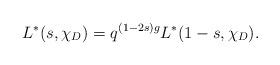
LaTeX: \begin{align*} L^{*}(s,\chi_{D})=q^{(1-2s)g}L^{*}(1-s,\chi_{D}).\end{align*}